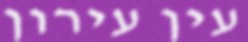
עין עירון